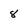
Character: 8